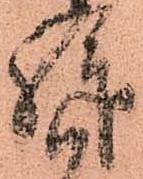
拝